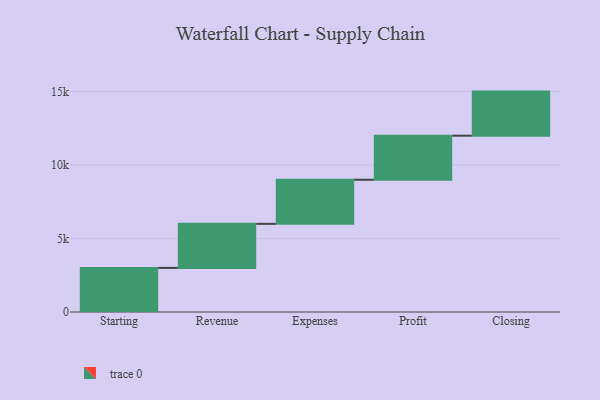
{"axis": {"x": "Step", "y": "Value"}, "legend": [""], "data": [{"x": "Starting", "y": 3000, "type": ""}, {"x": "Revenue", "y": 3000, "type": ""}, {"x": "Expenses", "y": 3000, "type": ""}, {"x": "Profit", "y": 3000, "type": ""}, {"x": "Closing", "y": 3000, "type": ""}]}